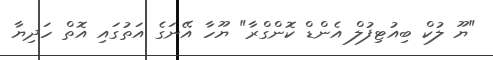
"ޔޫ ލުކް ބިއުޓިފުލް އެންޑް ކޮންގްރާ" ޔޫހާ އޭނަގެ އަތުގައި އޮތް ހަދިޔާ